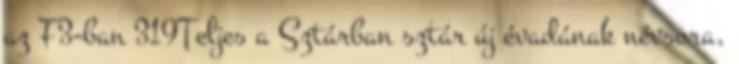
az F3-ban 319Teljes a Sztárban sztár új évadának névsora,